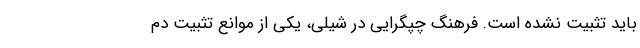
باید تثبیت نشده است. فرهنگ چپگرایی در شیلی، یکی از موانع تثبیت دم